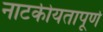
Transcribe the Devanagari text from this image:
नाटकीयतापूर्ण